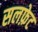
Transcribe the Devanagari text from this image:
सलफ़ेट